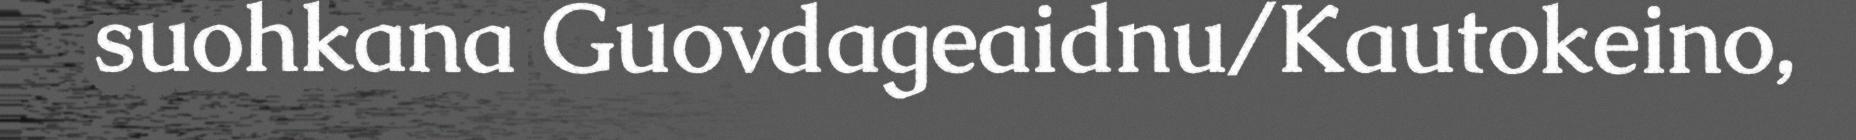
suohkana Guovdageaidnu/Kautokeino,